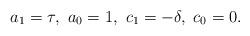
LaTeX: \begin{align*}a_1 = \tau, ~ a_0 = 1, ~ c_1 = -\delta, ~ c_0 = 0.\end{align*}